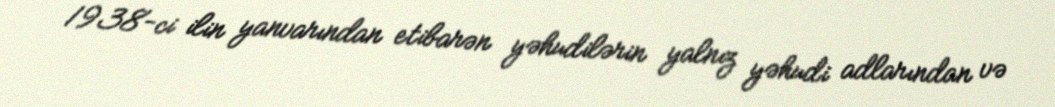
1938-ci ilin yanvarından etibarən yəhudilərin yalnız yəhudi adlarından və